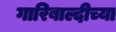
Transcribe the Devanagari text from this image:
गारिबाल्दीच्या